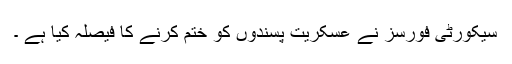
سیکورٹی فورسز نے عسکریت پسندوں کو ختم کرنے کا فیصلہ کیا ہے ۔